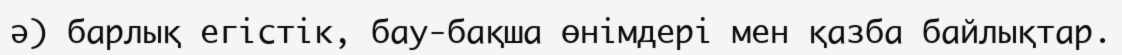
ә) барлық егістік, бау-бақша өнімдері мен қазба байлықтар.